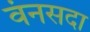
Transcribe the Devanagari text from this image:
वंनसदा